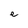
Character: e